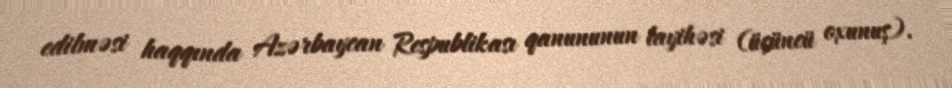
edilməsi haqqında Azərbaycan Respublikası qanununun layihəsi (üçüncü oxunuş).